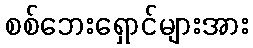
စစ်ဘေးရှောင်များအား